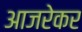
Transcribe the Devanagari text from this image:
आजरेकर